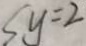
S y = 2